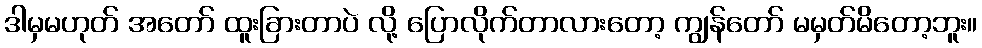
ဒါမှမဟုတ် အတော် ထူးခြားတာပဲ လို့ ပြောလိုက်တာလားတော့ ကျွန်တော် မမှတ်မိတော့ဘူး။